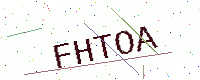
Text: FHTOA